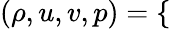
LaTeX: \begin{array}{r}{(\rho,u,v,p)=\left\{ \begin{array}{ll}\end{array}\right.}\end{array}